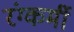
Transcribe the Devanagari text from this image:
रंग्कर्मी